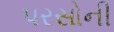
પરસોની